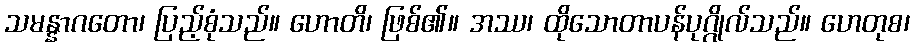
သမန္နာဂတော၊ ပြည့်စုံသည်။ ဟောတိ၊ ဖြစ်၏။ အဿ၊ ထိုသောတာပန်ပုဂ္ဂိုလ်သည်။ ဟေတုစ၊